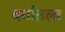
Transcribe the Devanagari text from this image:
वर्गातला